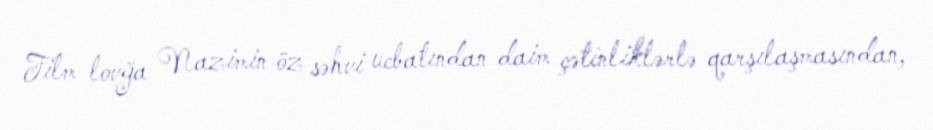
Film lovğa Nazimin öz səhvi ucbatından daim çətinliklərlə qarşılaşmasından,